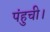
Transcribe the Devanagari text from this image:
पंहुची।